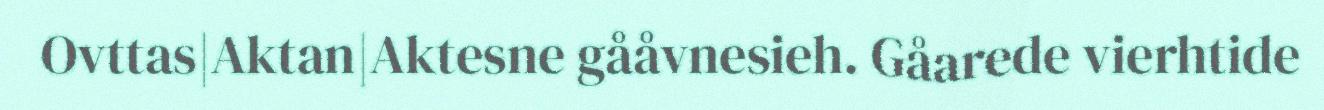
Ovttas|Aktan|Aktesne gååvnesieh. Gåarede vierhtide